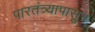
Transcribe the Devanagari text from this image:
पारतंत्र्यापासून